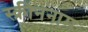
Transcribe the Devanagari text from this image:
स्क्रीननाम